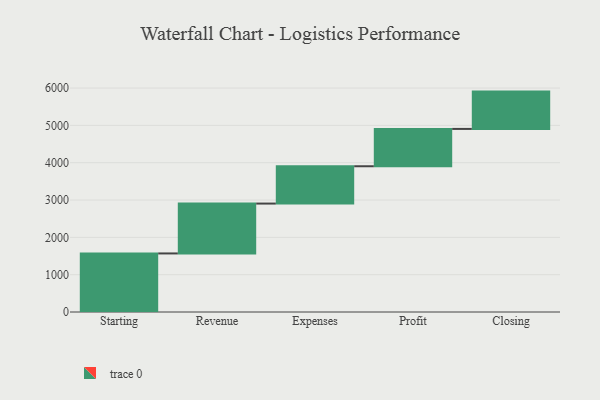
{"axis": {"x": "Step", "y": "Value"}, "legend": [""], "data": [{"x": "Starting", "y": 1569.0, "type": ""}, {"x": "Revenue", "y": 1336.0, "type": ""}, {"x": "Expenses", "y": 1000, "type": ""}, {"x": "Profit", "y": 1000, "type": ""}, {"x": "Closing", "y": 1000, "type": ""}]}